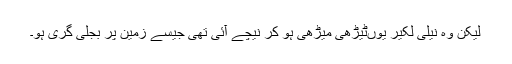
لیکن وہ نیلی لکیر یوںٹیڑھی میڑھی ہو کر نیچے آئی تھی جیسے زمین پر بجلی گری ہو۔